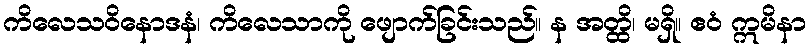
ကိလေသဝိနောဒနံ၊ ကိလေသာကို ဖျောက်ခြင်းသည်။ န အတ္ထိ၊ မရှိ။ ဧဝံ ဣမိနာ